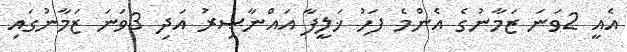
އެއީ 2ވަނަ ޒަމާނުގެ އެންމެ ފަހު ޚަލީފާ އައްނާޞިރު އަދި 3ވަނަ ޒަމާނުގައި